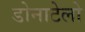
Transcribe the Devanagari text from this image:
डोनाटेलो